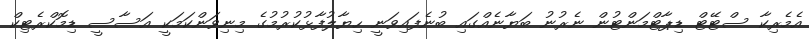
އެމެރިކާ ސްޓޭޓް ޑިޕާޓްމަންޓުން ނެރުނު ބަޔާނެއްގައި ބުނެފައިވަނީ ހިޔާލުފާޅުކުރުމުގެ މިނިވަންކަމަކީ އަސާސީ ޑިމޮކްރެޓިކް